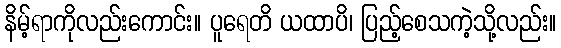
နိမ့်ရာကိုလည်းကောင်း။ ပူရေတိ ယထာပိ၊ ပြည့်စေသကဲ့သို့လည်း။